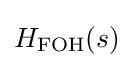
H_{\mathrm {FOH} }(s)